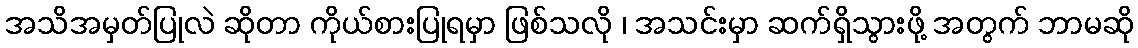
အသိအမှတ်ပြုလဲ ဆိုတာ ကိုယ်စားပြုရမှာ ဖြစ်သလို ၊ အသင်းမှာ ဆက်ရှိသွားဖို့ အတွက် ဘာမဆို